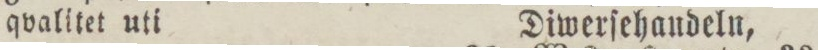
qvalitet uti    Diwerſehandeln,